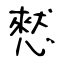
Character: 憖